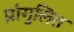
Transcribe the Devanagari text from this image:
प्रांगुलित